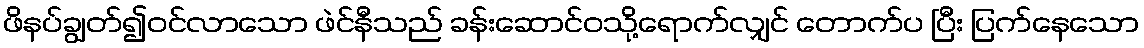
ဖိနပ်ချွတ်၍ဝင်လာသော ဖဲင်နီသည် ခန်းဆောင်ဝသို့ရောက်လျှင် တောက်ပ ပြီး ပြက်နေသော